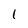
Character: 1